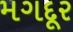
મગદૂર